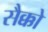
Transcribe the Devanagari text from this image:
सैक्को